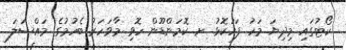
ކޯޓުގައި މިދިޔަ މަހު ފަހުކޮޅު ށ. ކޮމަންޑޫން ހޮވި މާވަހަރު ބެހުމުގެ މައްސަލަ